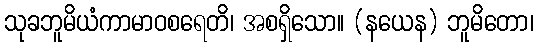
သုခဘူမိယံကာမာဝစရေတိ၊ အစရှိသော။ (နယေန) ဘူမိတော၊